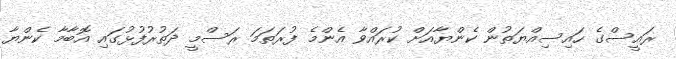
ރައީސްގެ ހައިސިއްޔަތުން ކެންޔާއަށް ކުރައްވާ އެންމެ ފުރަތަމަ ރަސްމީ ދަތުރުފުޅުގައި އޮބާމާ ކެންޔާ